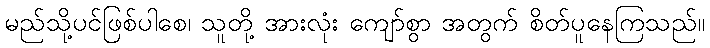
မည်သို့ပင်ဖြစ်ပါစေ၊ သူတို့ အားလုံး ကျော်စွာ အတွက် စိတ်ပူနေကြသည်။